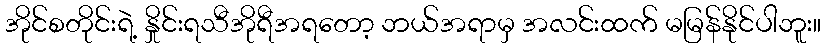
အိုင်စတိုင်းရဲ့ နှိုင်းရသီအိုရီအရတော့ ဘယ်အရာမှ အလင်းထက် မမြန်နိုင်ပါဘူး။